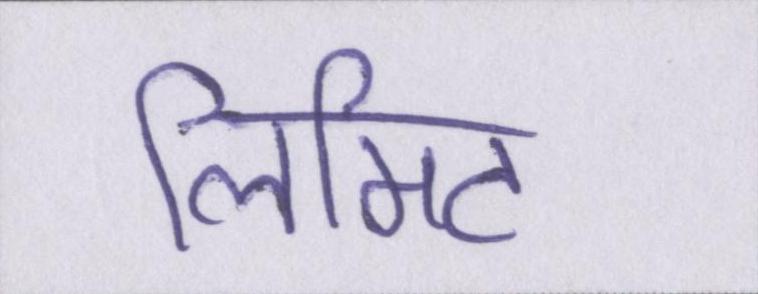
लिमिट